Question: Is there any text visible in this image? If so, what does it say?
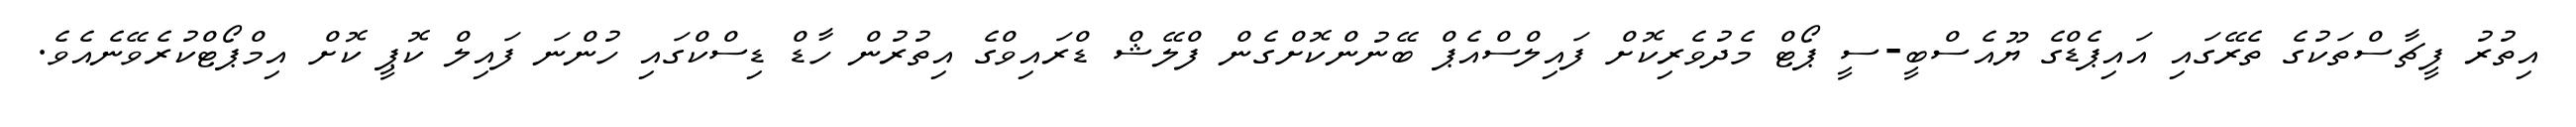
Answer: އިތުރު ފީޗާސްތަކުގެ ތެރޭގައި އައިޕެޑްގެ ޔޫއެސްބީ-ސީ ޕޯޓް މެދުވެރިކޮށް ފައިލްސްއެޕް ބޭނުންކޮށްގެން ފްލޭޝް ޑްރައިވްގެ އިތުރުން ހާޑް ޑިސްކްގައި ހުންނަ ފައިލް ކޮޕީ ކޮށް އިމްޕޯޓްކުރެވޭނެއެވެ.